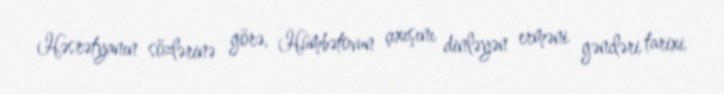
Həsrətyanın sözlərinə görə, Hümbətovun çıxışını dinləyən erməni gəncləri tarixi